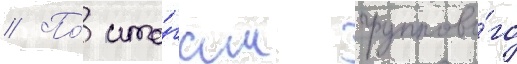
// По́ ито́гам группово́го